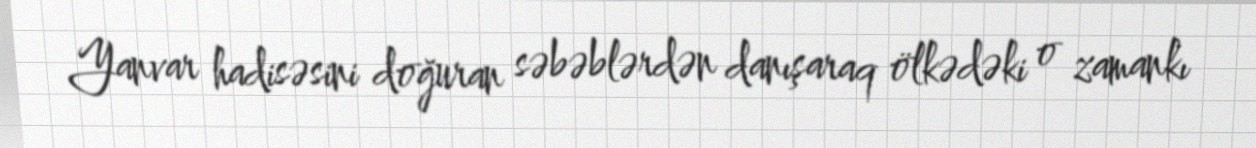
Yanvar hadisəsini doğuran səbəblərdən danışaraq ölkədəki o zamankı